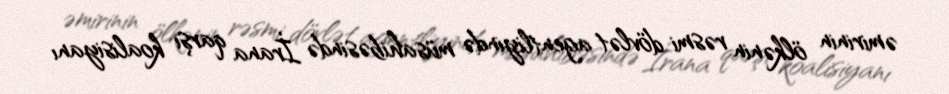
əmirinin ölkənin rəsmi dövlət agentliyində müsahibəsində İrana qarşı koalisiyanı